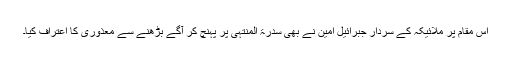
اس مقام پر ملائیکہ کے سردار جبرائیل امینؑ نے بھی سدرۃ المنتہیٰ پر پہنچ کر آگے بڑھنے سے معذوری کا اعتراف کیا۔